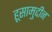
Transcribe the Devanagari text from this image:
हूसामुद्दीन